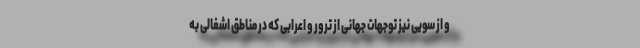
و از سویی نیز توجهات جهانی از ترور و اعرابی که در مناطق اشغالی به